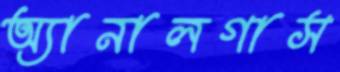
অ্যানালগাস